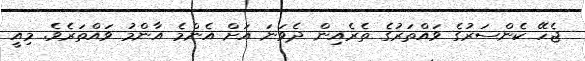
ޖެހޭ ކެންސަރުގެ ވައްތަރުގެ ތެރެއިން ދެވަނަ އަށް އެންމެ އާންމު ވައްތަރެވެ. މިއީ